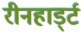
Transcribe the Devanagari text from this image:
रीनहार्ड्ट